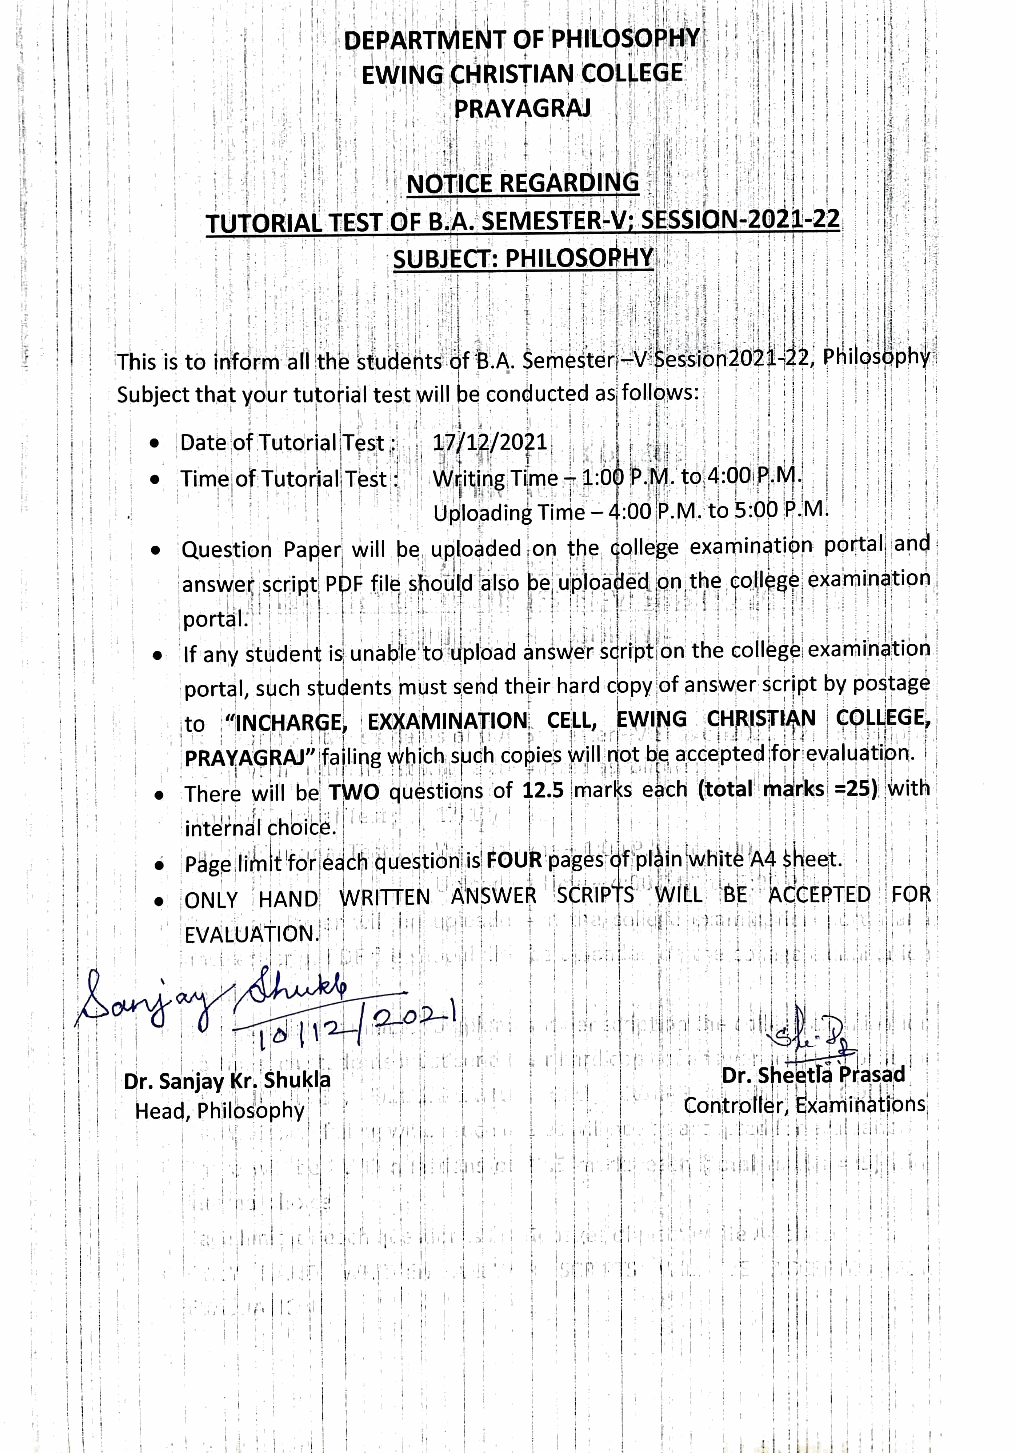
; I
 i
 i
 j' '
 I
 I,
 . I
 ''
 ,,
 l
 I
 '
 i'
 i i:
 : I I l ,,• I                            :' i j ,I ! '